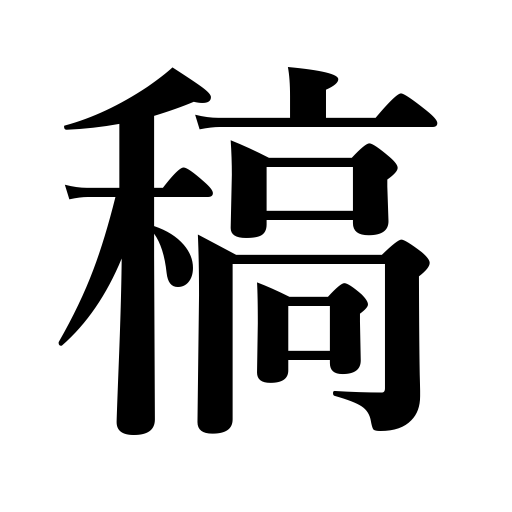
Meanings: crest of waves,manuscript,copy,draft